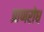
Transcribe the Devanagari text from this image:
प्राणरोध